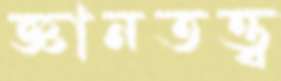
জ্ঞানতত্ত্ব